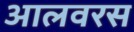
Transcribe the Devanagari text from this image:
आलवरस